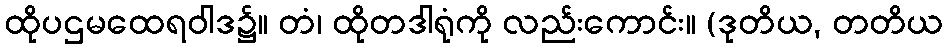
ထိုပဌမထေရဝါဒ၌။ တံ၊ ထိုတဒါရုံကို လည်းကောင်း။ (ဒုတိယ, တတိယ